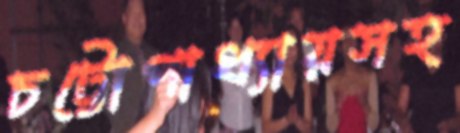
চট্টোপাধ্যায়সহ